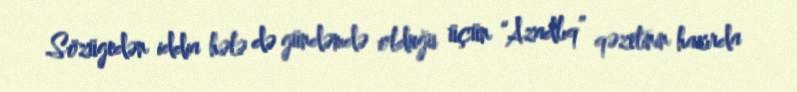
Sözügedən iddia hələ də gündəmdə olduğu üçün “Azadlıq” qəzetinin hazırda